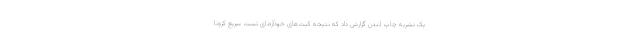
یک نشریه چاپ لندن گزارش داد که نتیجه کیت‌های خودآزمای تست سریع کرونا